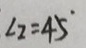
\angle 2 = 4 5 ^ { \circ }